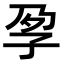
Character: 𡥗